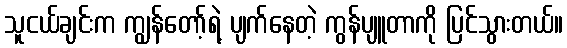
သူငယ်ချင်းက ကျွန်တော့်ရဲ့ ပျက်နေတဲ့ ကွန်ပျူတာကို ပြင်သွားတယ်။